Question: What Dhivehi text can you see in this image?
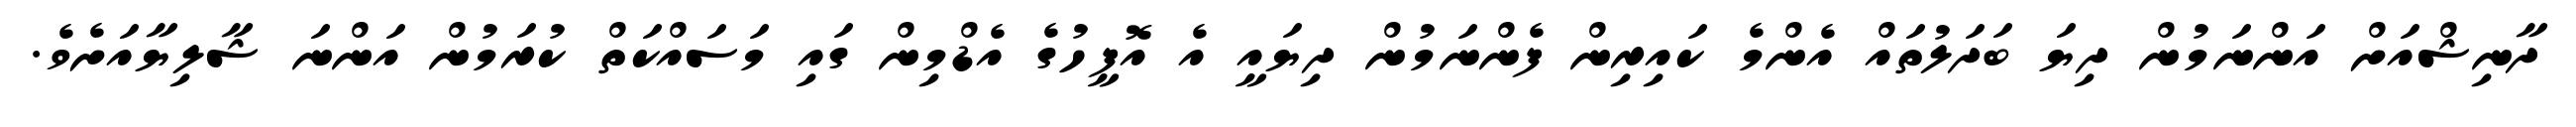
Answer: ދާނިޝްއަށް އަންނަމުން ދިޔަ ބަދަލުތައް އެންމެ ކައިރިން ފެންނަމުން ދިޔައީ އެ އޮފީހުގެ އެޑްމިން ގައި މަސައްކަތް ކުރަމުން އަންނަ ޝާލިޔާއަށެވެ.